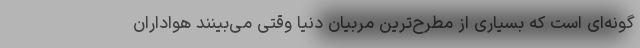
گونه‌ای است که بسیاری از مطرح‌ترین مربیان دنیا وقتی می‌بینند هواداران